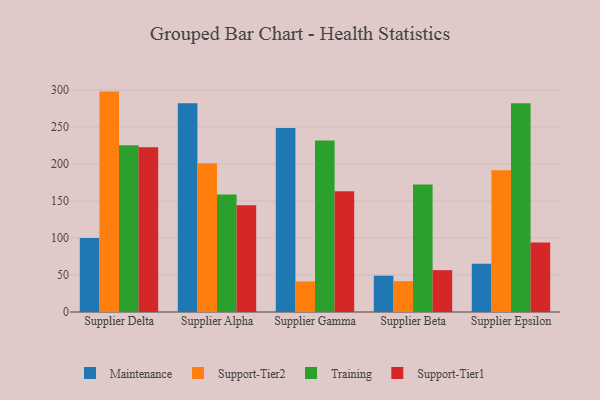
{"axis": {"x": "Supplier", "y": "Budget (USD K)"}, "legend": ["Maintenance", "Support-Tier1", "Support-Tier2", "Training"], "data": [{"x": "Supplier Delta", "y": 99.8, "type": "Maintenance"}, {"x": "Supplier Delta", "y": 297.7, "type": "Support-Tier2"}, {"x": "Supplier Delta", "y": 225.3, "type": "Training"}, {"x": "Supplier Delta", "y": 222.5, "type": "Support-Tier1"}, {"x": "Supplier Alpha", "y": 282.0, "type": "Maintenance"}, {"x": "Supplier Alpha", "y": 200.8, "type": "Support-Tier2"}, {"x": "Supplier Alpha", "y": 158.7, "type": "Training"}, {"x": "Supplier Alpha", "y": 144.1, "type": "Support-Tier1"}, {"x": "Supplier Gamma", "y": 248.4, "type": "Maintenance"}, {"x": "Supplier Gamma", "y": 41.2, "type": "Support-Tier2"}, {"x": "Supplier Gamma", "y": 231.6, "type": "Training"}, {"x": "Supplier Gamma", "y": 163.0, "type": "Support-Tier1"}, {"x": "Supplier Beta", "y": 49.0, "type": "Maintenance"}, {"x": "Supplier Beta", "y": 41.7, "type": "Support-Tier2"}, {"x": "Supplier Beta", "y": 172.1, "type": "Training"}, {"x": "Supplier Beta", "y": 56.5, "type": "Support-Tier1"}, {"x": "Supplier Epsilon", "y": 65.3, "type": "Maintenance"}, {"x": "Supplier Epsilon", "y": 191.6, "type": "Support-Tier2"}, {"x": "Supplier Epsilon", "y": 281.9, "type": "Training"}, {"x": "Supplier Epsilon", "y": 93.8, "type": "Support-Tier1"}]}